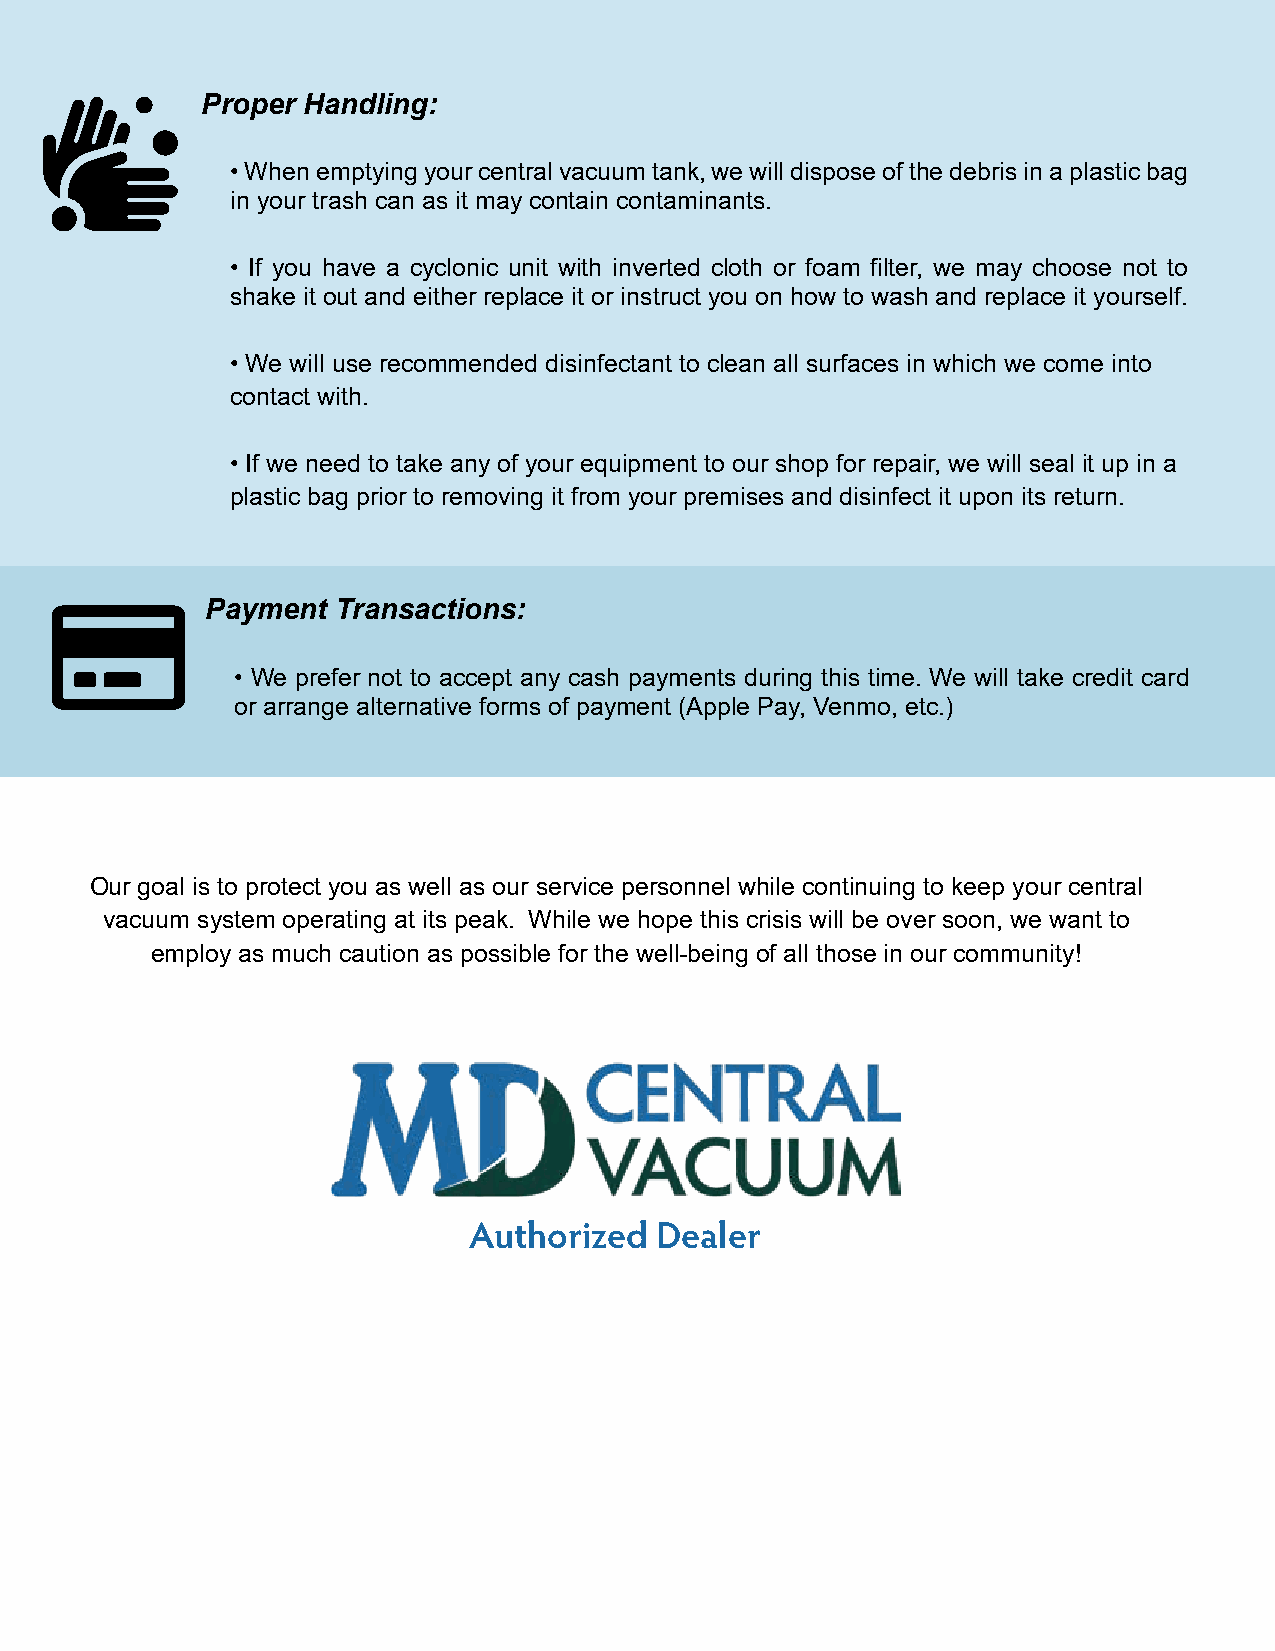
Proper Handling:
 • When emptying your central vacuum tank, we will dispose of the debris in a plastic bag
 in your trash can as it may contain contaminants.
 • If you have a cyclonic unit with inverted cloth or foam filter, we may choose not to
 shake it out and either replace it or instruct you on how to wash and replace it yourself.
 • We will use recommended disinfectant to clean all surfaces in which we come into
 contact with.
 • If we need to take any of your equipment to our shop for repair, we will seal it up in a
 plastic bag prior to removing it from your premises and disinfect it upon its return.
 Payment Transactions:
 • We prefer not to accept any cash payments during this time. We will take credit card
 or arrange alternative forms of payment (Apple Pay, Venmo, etc.)
 Our goal is to protect you as well as our service personnel while continuing to keep your central
 vacuum system operating at its peak. While we hope this crisis will be over soon, we want to
 employ as much caution as possible for the well-being of all those in our community!
 Authorized  Dealer